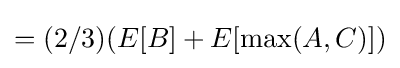
=(2/3)(E[B]+E[\max(A,C)])